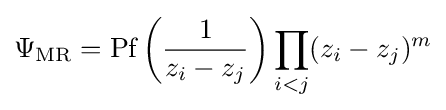
\Psi _{\text{MR}}={\text{Pf}}\left({\frac {1}{z_{i}-z_{j}}}\right)\prod _{i<j}(z_{i}-z_{j})^{m}